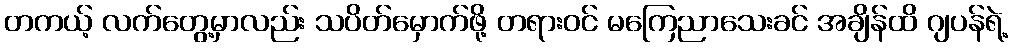
တကယ့် လက်တွေ့မှာလည်း သပိတ်မှောက်ဖို့ တရားဝင် မကြေညာသေးခင် အချိန်ထိ ဂျပန်ရဲ့